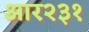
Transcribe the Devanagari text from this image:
आर२३१